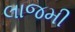
લાજમી